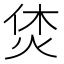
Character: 𤈢